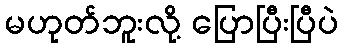
မဟုတ်ဘူးလို့ ပြောပြီးပြီပဲ